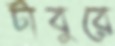
টাবুরে